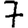
Digit: 7